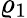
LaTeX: \varrho_{1}